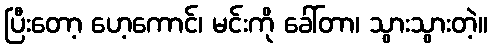
ပြီးတော့ ဟေ့ကောင်၊ မင်းကို ခေါ်တာ၊ သွားသွားတဲ့။